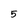
Character: 5